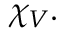
\chi _ { V } .